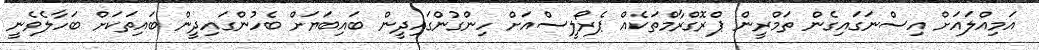
އަމިއްލައަށް އިސްނަގައިގެން ތަމްރީން ޕްރޮގްރާމްތަކެއް ޕެރޯލީސްއަށް ހިންގުންގައިދީން ބައިބަޔަށް ބެހުންގައިދީން ބައިތަކަށް ބަހާލެވެނީ